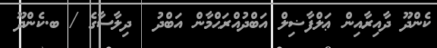
ކެންދޫ ދާއިރާއިން ޢަލްފާޟިލް އަބްދުއްރަޙްމާން އަބްދު  ދިލާސާގެ / ބ.ކެންދޫ